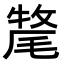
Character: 𭯡